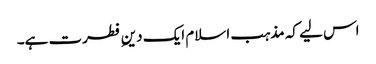
اس لیے کہ مذہب اسلام ایک دینِ فطرت ہے۔